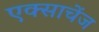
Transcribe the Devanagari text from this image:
एक्साचेंज